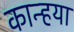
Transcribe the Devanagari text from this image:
कान्हया